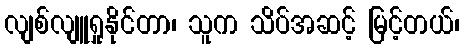
လျစ်လျူရှုနိုင်တာ၊ သူက သိပ်အဆင့် မြင့်တယ်၊